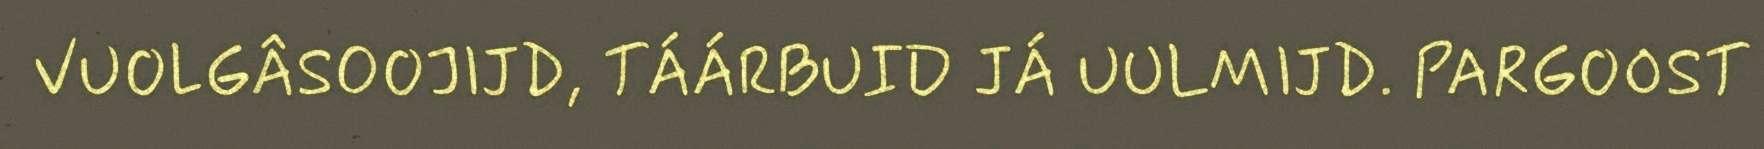
VUOLGÂSOOJIJD, TÁÁRBUID JÁ UULMIJD. PARGOOST